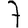
Digit: 7